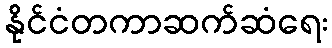
နိုင်ငံတကာဆက်ဆံရေး